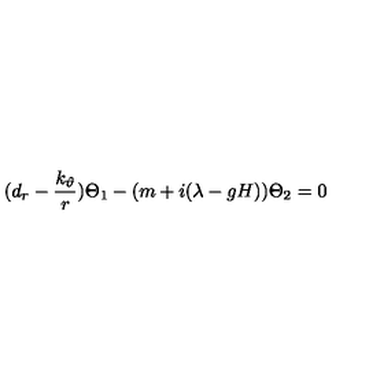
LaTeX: ( d _ { r } - { \frac { k _ { \vartheta } } r } ) \Theta _ { 1 } - ( m + i ( \lambda - g H ) ) \Theta _ { 2 } = 0